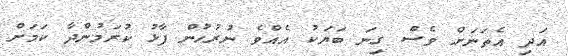
އަދި އެތަނަށް ވެސް ގިނަ ބަޔަކު އެއްވެ ނުރުހުން ފާޅު ކުރަމުންދާ ކަމަށް